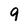
Character: 9